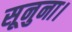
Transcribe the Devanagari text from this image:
सूनुना।